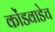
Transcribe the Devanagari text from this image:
कोंडवाडेच